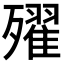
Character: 𣩰